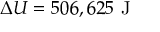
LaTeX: \Delta U = 5 0 6 , 6 2 5 { \mathrm { ~ J } }